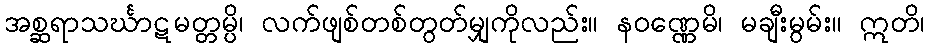
အစ္ဆရာသင်္ဃာဋမတ္တမ္ပိ၊ လက်ဖျစ်တစ်တွတ်မျှကိုလည်း။ နဝဏ္ဏေမိ၊ မချီးမွမ်း။ ဣတိ၊